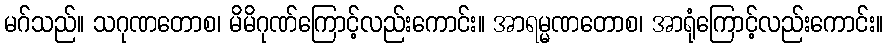
မဂ်သည်။ သဂုဏတောစ၊ မိမိဂုဏ်ကြောင့်လည်းကောင်း။ အာရမ္မဏတောစ၊ အာရုံကြောင့်လည်းကောင်း။